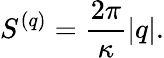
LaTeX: S^{(q)}={\frac{2\pi}{\kappa}}|q|.